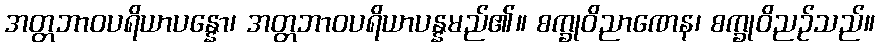
အတ္တဘာဝပရိယာပန္နော၊ အတ္တဘာဝပရိယာပန္နမည်၏။ စက္ခုဝိညာဏေန၊ စက္ခုဝိညဉ်သည်။